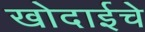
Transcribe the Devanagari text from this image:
खोदाईचे